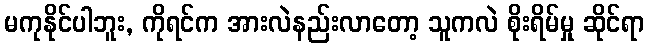
မကုနိုင်ပါဘူး, ကိုရင်က အားလဲနည်းလာတော့ သူကလဲ စိုးရိမ်မှု ဆိုင်ရာ